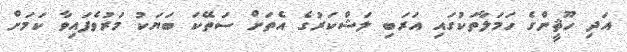
އަދި ހޫޘީންގެ ހަމަލާތަކުގައި އަރަބި ލަޝްކަރުގެ އެތަށް ސަތޭކަ ބަޔަކު މަރުވެފައިވާ ކަމަށް